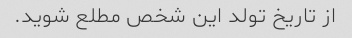
از تاریخ تولد این شخص مطلع شوید.